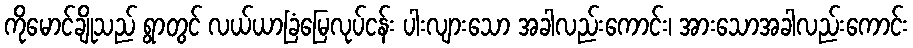
ကိုမောင်ချိုသည် ရွာတွင် လယ်ယာခြံမြေလုပ်ငန်း ပါးလျားသော အခါလည်းကောင်း၊ အားသောအခါလည်းကောင်း